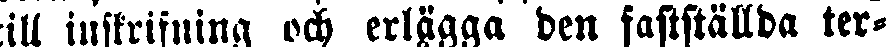
till inskrifning och erlägga den fastställda ter-